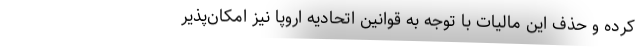
کرده و حذف این مالیات با توجه به قوانین اتحادیه اروپا نیز امکان‌پذیر